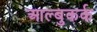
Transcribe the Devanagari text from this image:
आल्बुकर्क